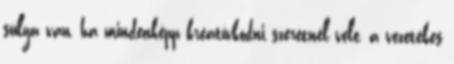
súlya van, ha mindenképp kreatívkodni szeretnél vele, a vezetékes